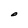
Character: O